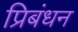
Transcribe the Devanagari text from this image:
प्रिबंधन